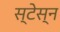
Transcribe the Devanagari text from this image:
स्टेस्न